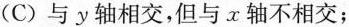
(C)与y轴相交，但与x轴不相交；